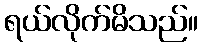
ရယ်လိုက်မိသည်။